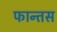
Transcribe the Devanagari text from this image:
फान्तस